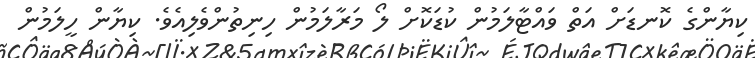
ކިޔާންގެ ކޮނޑަށް އަތް ވައްޓާލަމުން ކުޑަކޮށް ލޯ މަރާލަމުން ހިނިތުންވެލިއެވެ. ކިޔާން ހީލަމުން